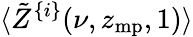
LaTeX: \langle\tilde{Z}^{\{ i\} }(\nu,z_{\mathrm{mp}},1)\rangle